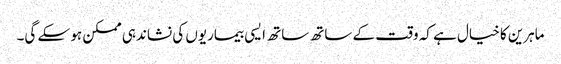
ماہرین کا خیال ہے کہ وقت کے ساتھ ساتھ ایسی بیماریوں کی نشاندہی ممکن ہو سکے گی۔